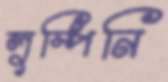
লুম্পিনি